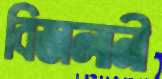
বিজলানী